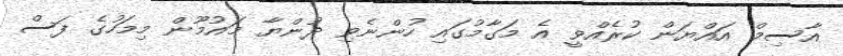
އާސިމް އައްޔަން ކުރެއްވީ އެ މަގާމުގައި ހުންނެވި ދުންޔާ މައުމޫން މިމަހުގެ ފަސް